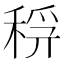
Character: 𥟞